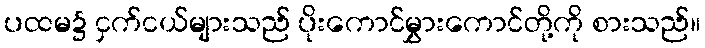
ပထမ၌ ငှက်ငယ်များသည် ပိုးကောင်မွှားကောင်တို့ကို စားသည်။